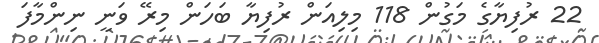
22 ރުފިޔާގެ މަގުން 118 މިލިއަން ރުފިޔާ ބަހަން މިރޭ ވަނީ ނިންމާފަ